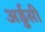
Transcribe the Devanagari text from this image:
अर्डुसी